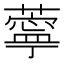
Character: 薴